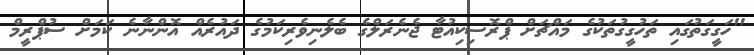
"ހަގީގަތުގައި ތަހުގީގުތަކުގެ މައްޗަށް ޕްރޮސިކިއުޓާ ޖެނެރަލްގެ ބެލެނިވެރިކަމުގެ ދައުރެއް އޮންނާނެ ކަމަށް ސުޕްރީމް